Civil Veterinary Department. Central Provinces & Berar 1925-31 - 1925-1931
Year: 1925
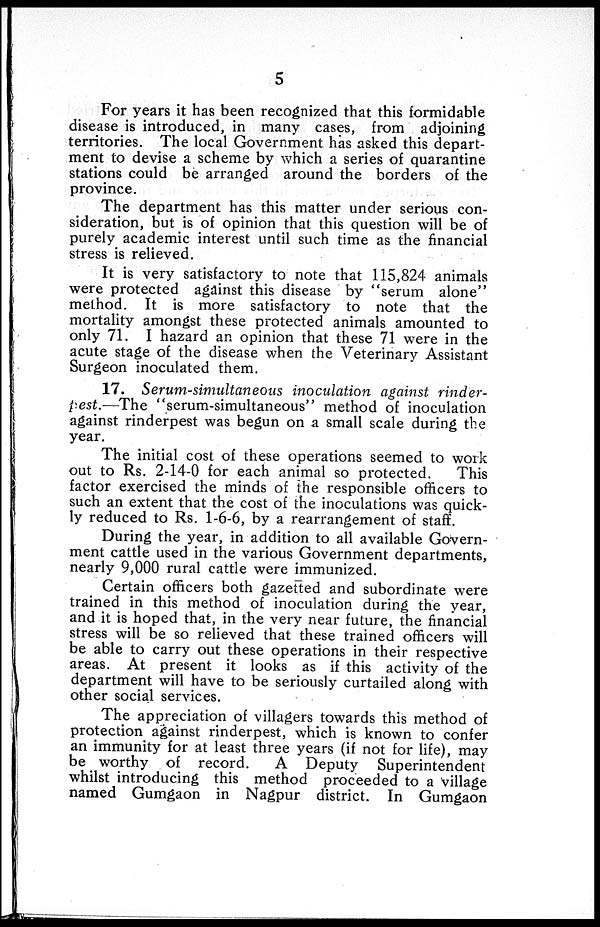
5
For years it has been recognized that this formidable
disease is introduced, in many cases, from adjoining
territories. The local Government has asked this depart-
ment to devise a scheme by which a series of quarantine
stations could be arranged around the borders of the
province.
The department has this matter under serious con-
sideration, but is of opinion that this question will be of
purely academic interest until such time as the financial
stress is relieved.
It is very satisfactory to note that 115,824 animals
were protected against this disease by "serum alone"
method. It is more satisfactory to note that the
mortality amongst these protected animals amounted to
only 71. I hazard an opinion that these 71 were in the
acute stage of the disease when the Veterinary Assistant
Surgeon inoculated them.
17. Serum-simultaneous inoculation against rinder-
pest.—The "serum-simultaneous" method of inoculation
against rinderpest was begun on a small scale during the
year.
The initial cost of these operations seemed to work
out to Rs. 2-14-0 for each animal so protected.
This
factor exercised the minds of the responsible officers to
such an extent that the cost of the inoculations was quick-
ly reduced to Rs. 1-6-6, by a rearrangement of staff.
During the year, in addition to all available Govern-
ment cattle used in the various Government departments,
nearly 9,000 rural cattle were immunized.
Certain officers both gazetted and subordinate were
trained in this method of inoculation during the year,
and it is hoped that, in the very near future, the financial
stress will be so relieved that these trained officers will
be able to carry out these operations in their respective
areas. At present it looks as if this activity of the
department will have to be seriously curtailed along with
other social services.
The appreciation of villagers towards this method of
protection against rinderpest, which is known to confer
an immunity for at least three years (if not for life), may
be worthy of record.
A Deputy Superintendent
whilst introducing this method proceeded to a village
named Gumgaon in Nagpur district. In Gumgaon